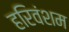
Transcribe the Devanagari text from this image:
हरिवंशम